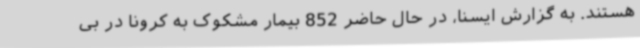
هستند. به گزارش ایسنا، در حال حاضر 852 بیمار مشکوک به کرونا در بی